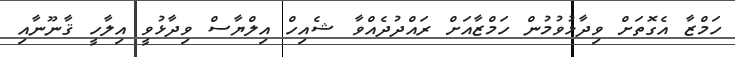
ހަމްޒާ އެގޮތަށް ވިދާޅުވުމުން ހަމްޒާއަށް ރައްދުދެއްވާ ޝެއިހް އިލްޔާސް ވިދާޅުވީ އިލާހީ ޤާނޫނާއި